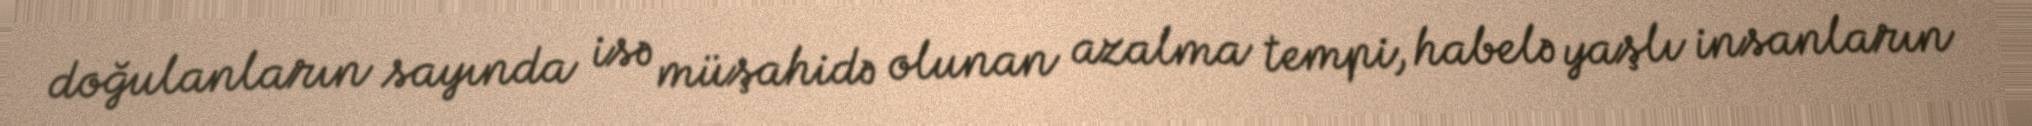
doğulanların sayında isə müşahidə olunan azalma tempi, habelə yaşlı insanların